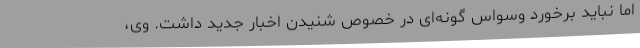
اما نباید برخورد وسواس گونه‌ای در خصوص شنیدن اخبار جدید داشت. وی،